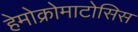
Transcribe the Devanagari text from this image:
हेमोक्रोमाटोसिस